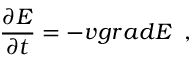
\frac { \partial E } { \partial t } = - \boldsymbol { v } g r a d E \, \, \, ,